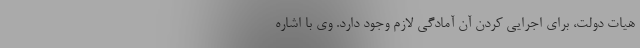
هیات دولت، برای اجرایی کردن آن آمادگی لازم وجود دارد. وی با اشاره